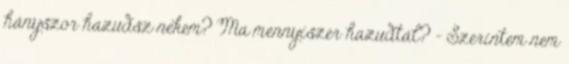
hányszor hazudsz nekem? Ma mennyiszer hazudtál? - Szerintem nem